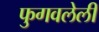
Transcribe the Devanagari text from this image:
फुगवलेली